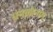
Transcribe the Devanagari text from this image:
धनकोनाम